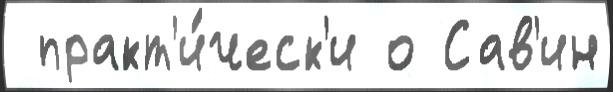
 практ'и́ческ'и о Сав'ин